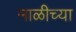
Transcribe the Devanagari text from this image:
माळीच्या